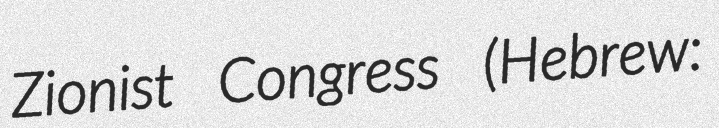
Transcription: Zionist Congress (Hebrew: